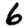
Digit: 6